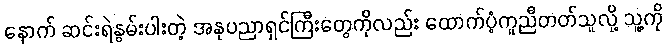
နောက် ဆင်းရဲနွမ်းပါးတဲ့ အနုပညာရှင်ကြီးတွေကိုလည်း ထောက်ပံ့ကူညီတတ်သူလို့ သူ့ကို